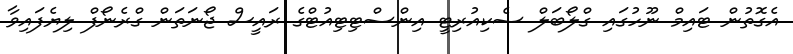
އެގޮތުން ޓައިމް ނޫހުގައި ގްލޯބަލް ސެކިއުރިޓީ އިންސްޓިޓިއުޓްގެ ރައީސް ޖޯނަތަން ގްރެނޯފް ލިޔެފައިވާ